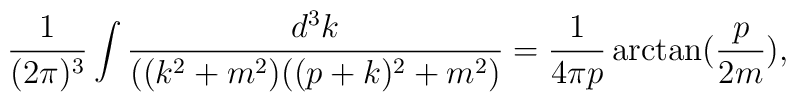
\frac{1}{(2\pi )^3}\int \frac{d^3k}{( (k^2+m^2)((p+k)^2+m^2)}=\frac{1}{4\pi p}\arctan (\frac{p}{2m}),